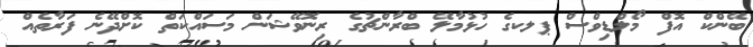
ބޭންކް އޮފް މޯލްޑިވްސް ޕލކގެ ހުޅުމާލޭ ބްރާންޗުގެ ރިނޮވޭޝަން މަސައްކަތް ކޮށްދޭނެ ފަރާތެއް